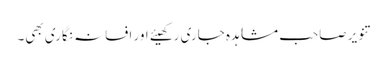
تنویر صاحب مشاہدہ جاری رکھیئے اور افسانہ نگاری بھی۔